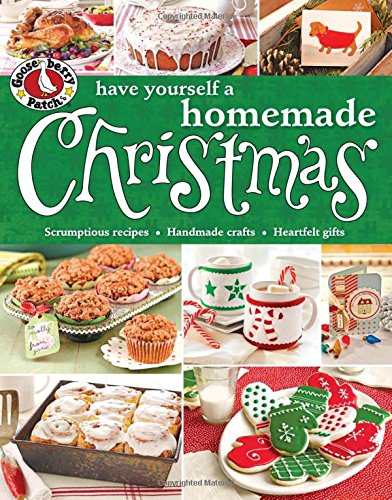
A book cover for Gooseberry Patch Have Yourself a Homemade Christmas; Gooseberry Patch; Cookbooks, Food & Wine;